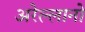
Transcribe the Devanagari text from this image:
अरेल्लानो